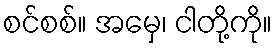
စင်စစ်။ အမှေ၊ ငါတို့ကို။